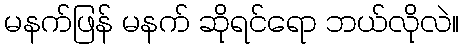
မနက်ဖြန် မနက် ဆိုရင်ရော ဘယ်လိုလဲ။